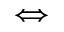
\Longleftrightarrow